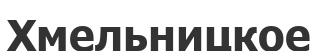
Хмельницкое